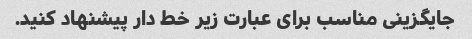
جایگزینی مناسب برای عبارت زیر خط دار پیشنهاد کنید.